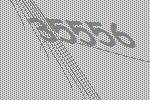
35556